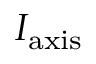
I _ { \mathrm { a x i s } }